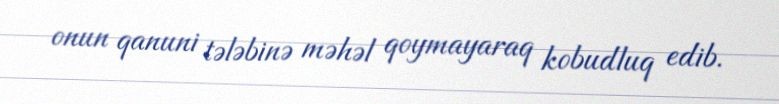
onun qanuni tələbinə məhəl qoymayaraq kobudluq edib.